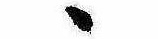
ゝ